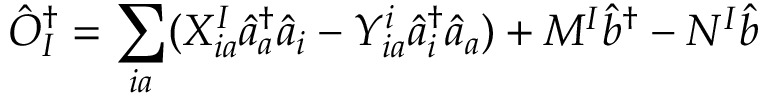
\hat { O } _ { I } ^ { \dagger } = \sum _ { i a } ( X _ { i a } ^ { I } \hat { a } _ { a } ^ { \dagger } \hat { a } _ { i } - Y _ { i a } ^ { i } \hat { a } _ { i } ^ { \dagger } \hat { a } _ { a } ) + M ^ { I } \hat { b } ^ { \dagger } - N ^ { I } \hat { b }